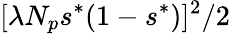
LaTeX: [\lambda N_{p}s^{*}(1-s^{*})]^{2}/2